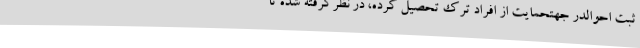
ثبت احوالدر جهتحمایت از افراد ترک تحصیل کرده‌، در نظرگرفته شده تا